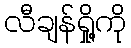
လီချန်ရှို့ကို